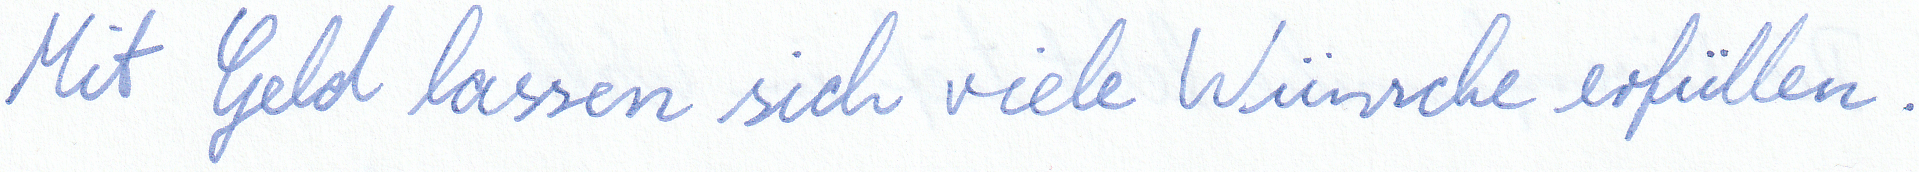
Mit Geld lassen sich viele Wünsche erfüllen.